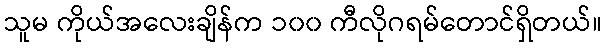
သူမ ကိုယ်အလေးချိန်က ၁၀၀ ကီလိုဂရမ်တောင်ရှိတယ်။